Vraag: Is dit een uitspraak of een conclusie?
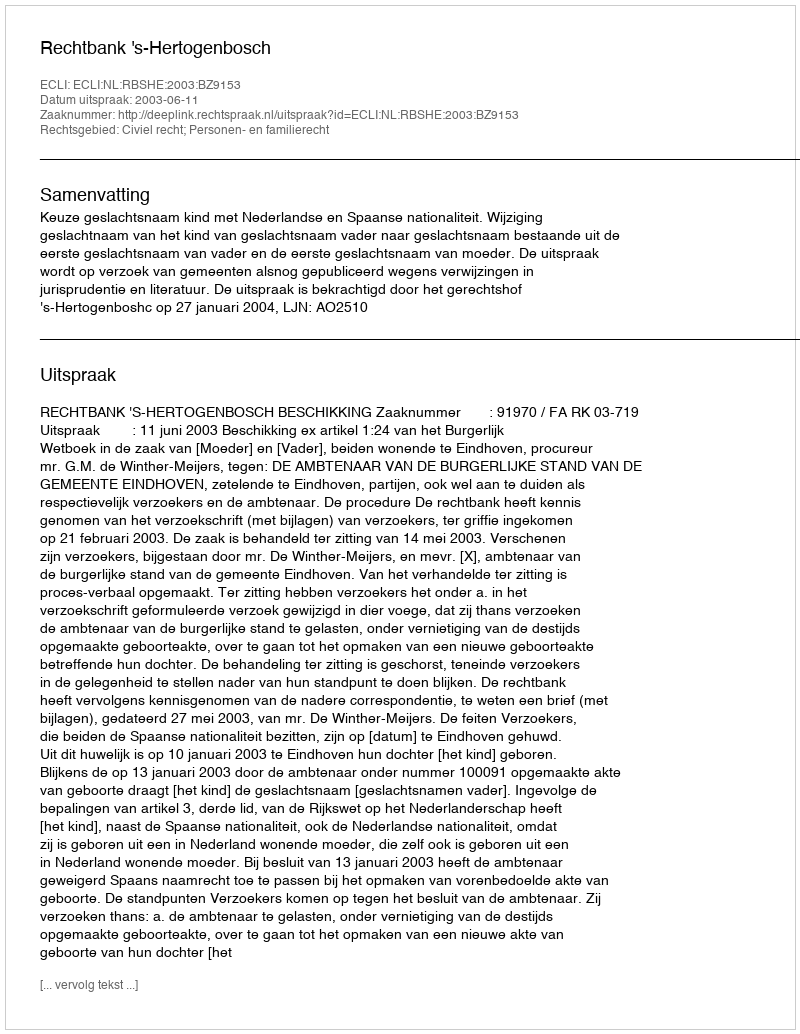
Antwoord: Uitspraak